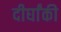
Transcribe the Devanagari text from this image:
दीर्घांकी